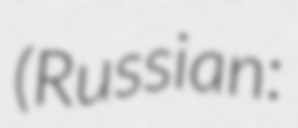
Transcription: (Russian: